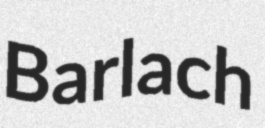
Barlach